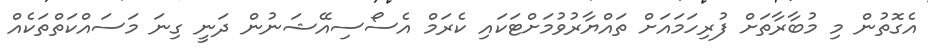
އެގޮތުން މި މުބާރާތަށް ފުރިހަމައަށް ތައްޔާރުވުމަށްޓަކައި ކެރަމް އެސޯސިއޭޝަނުން ދަނީ ގިނަ މަސައްކަތްތަކެއް